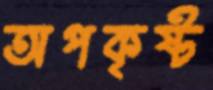
অপকৃষ্ট